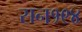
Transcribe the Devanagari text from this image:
सन१९४